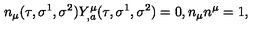
n _ { \mu } ( \tau , \sigma ^ { 1 } , \sigma ^ { 2 } ) Y _ { , a } ^ { \mu } ( \tau , \sigma ^ { 1 } , \sigma ^ { 2 } ) = 0 , n _ { \mu } n ^ { \mu } = 1 ,